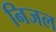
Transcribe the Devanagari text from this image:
निजल